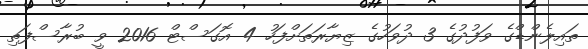
ތައިލެންޑްގެ ވަފުދުގެ 3 ދުވަހުގެ ޒިޔާރަތަށްފަހު 4 އޮގަސްޓް 2016 ވީ ބުރާސްފަތި